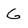
Character: G